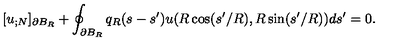
[ u _ { ; N } ] _ { \partial B _ { R } } + \oint _ { \partial B _ { R } } q _ { R } ( s - s ^ { \prime } ) u ( R \cos ( s ^ { \prime } / R ) , R \sin ( s ^ { \prime } / R ) ) d s ^ { \prime } = 0 .